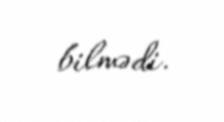
bilmədi.